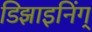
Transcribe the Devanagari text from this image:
डिझाइनिंग्